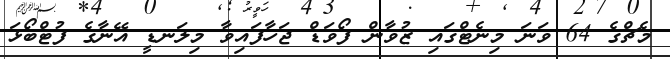
މެޗްގެ 64 ވަނަ މިނެޓްގައި ޒުވާން ފޯވަޑް ޖަހާފައިވާ މިލަނޑީ އޭނާގެ ފުޓްބޯޅަ